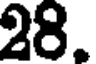
28.